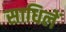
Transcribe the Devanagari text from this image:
साधिलें